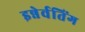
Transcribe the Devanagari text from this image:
इन्नेर्वतिंग